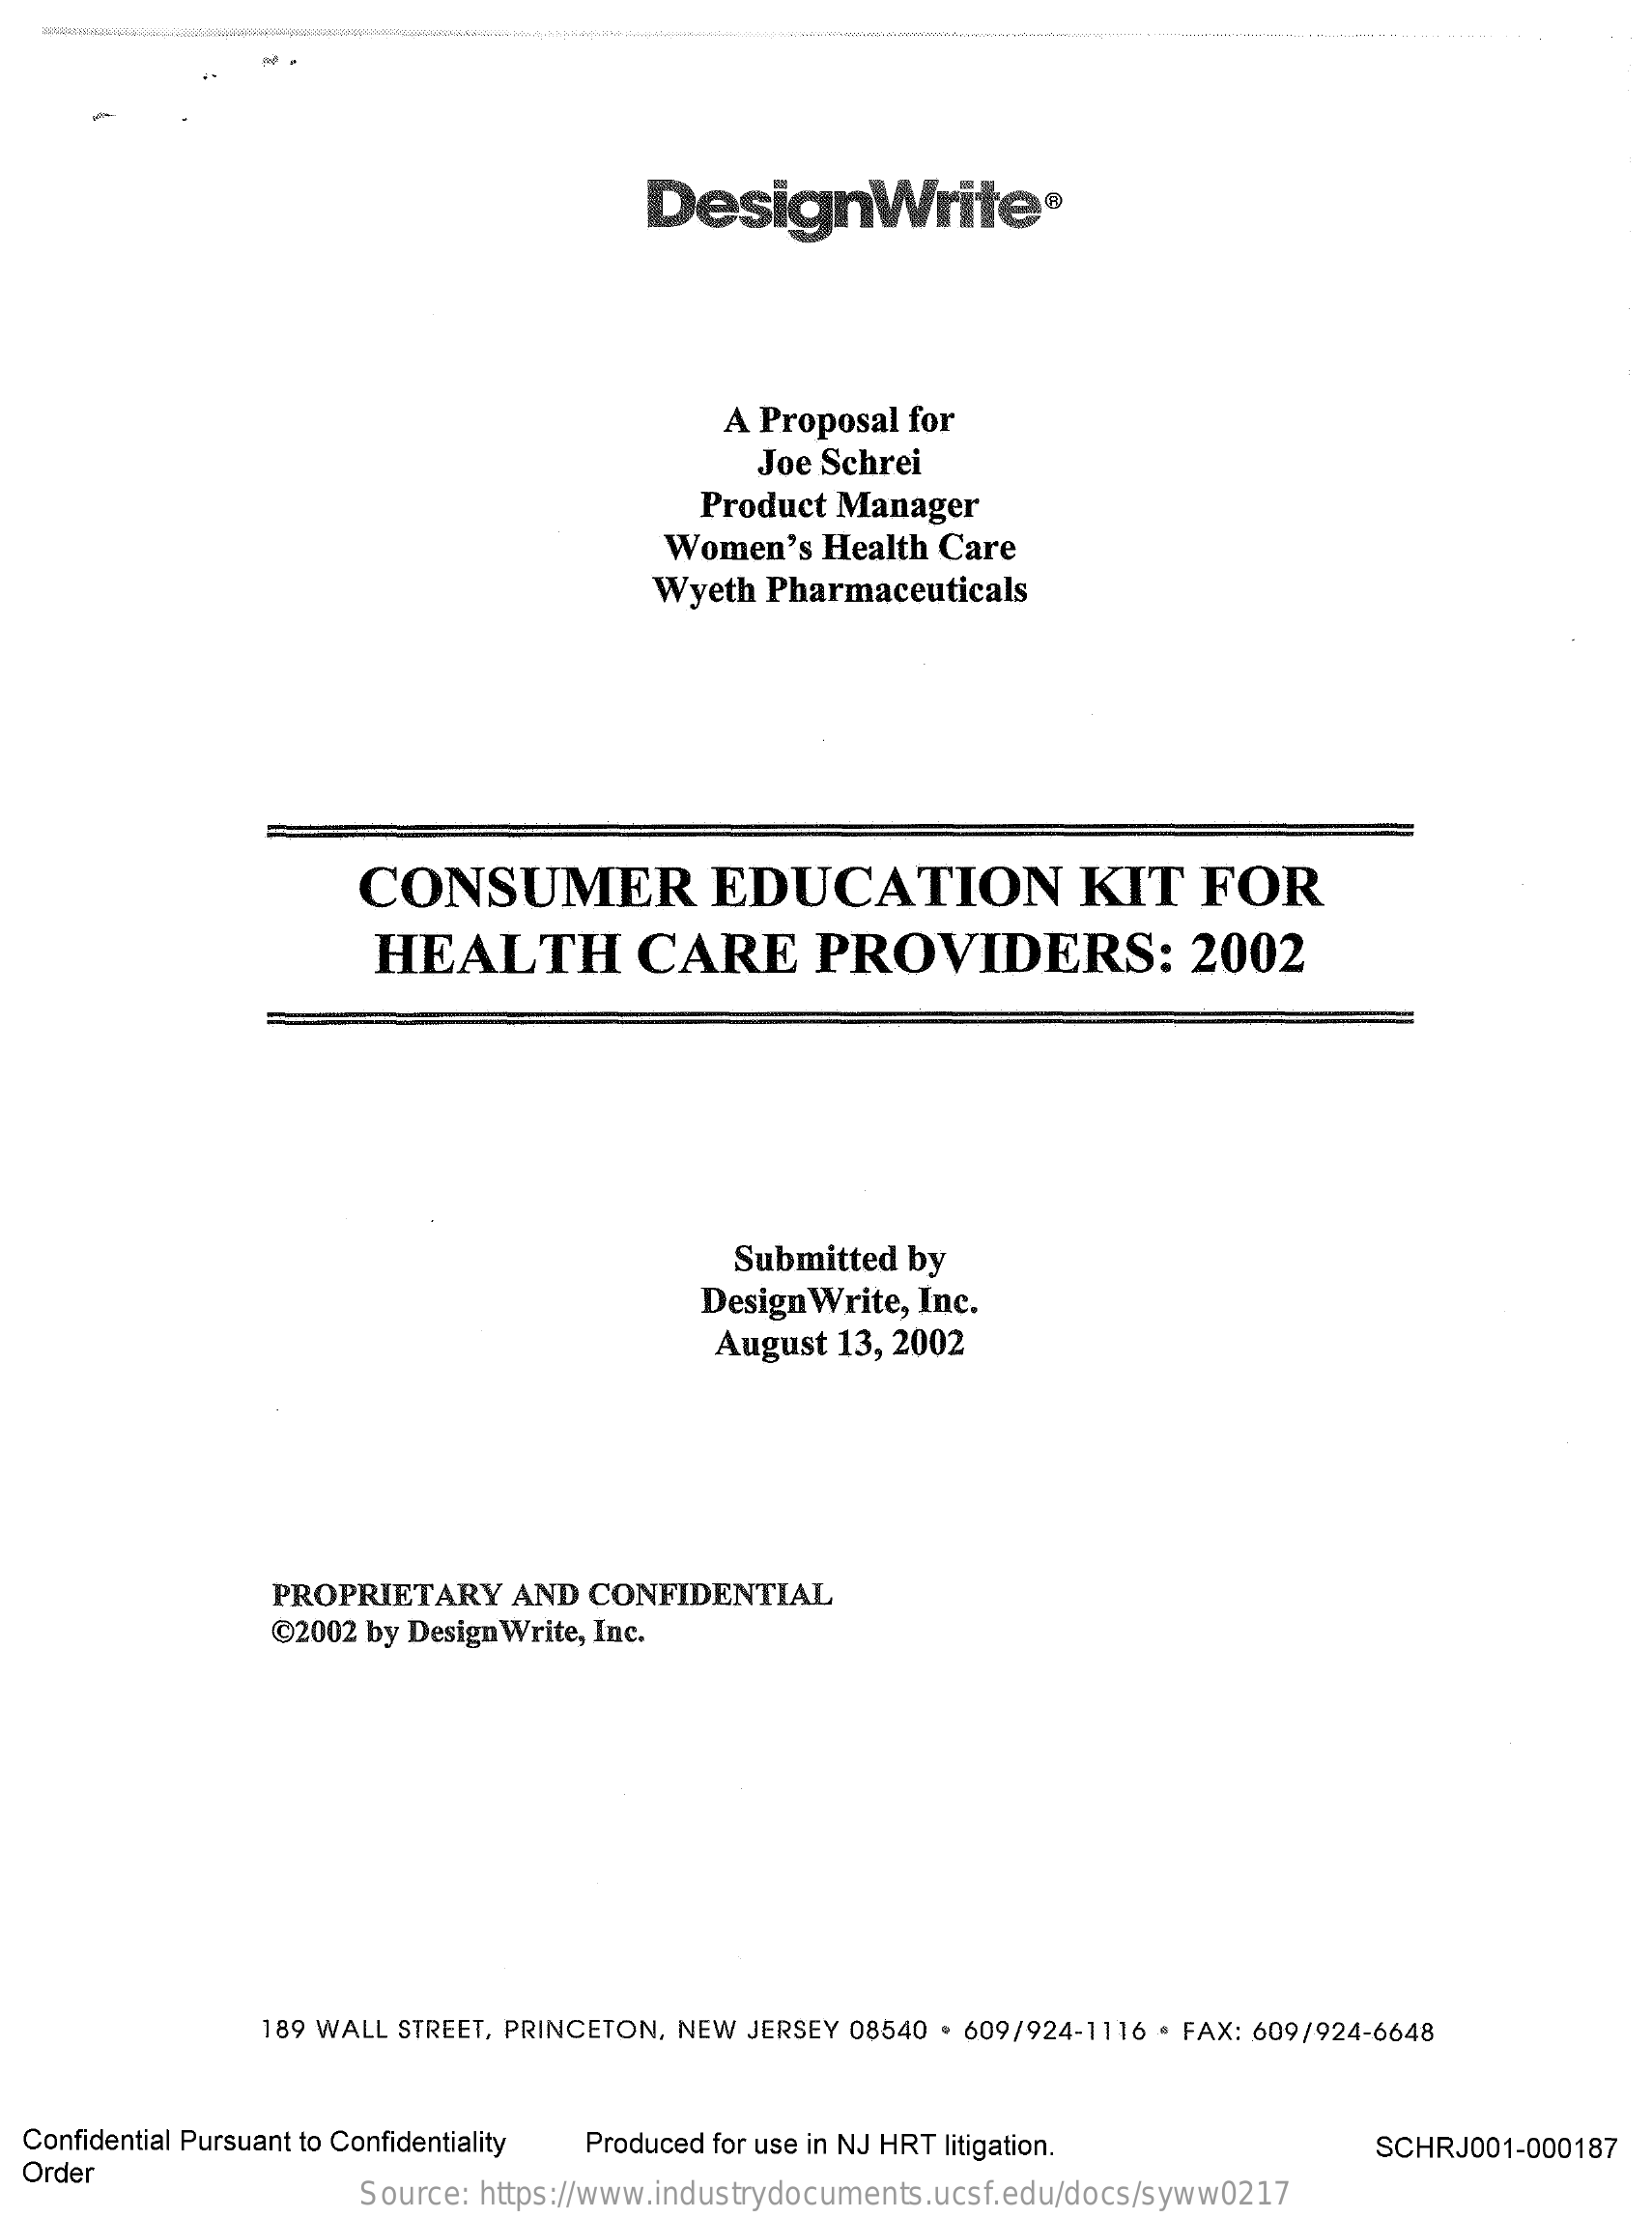
-
     DesignWrite®
     A Proposal  for
     Joe Schrei
     Product  Manager
     Women's   Health  Care
     Wyeth  Pharmaceuticals
     CONSUMER    EDUCATION    KIT    FOR
     HEALTH    CARE    PROVIDERS:    2002
     Submitted  by
     Design Write, Inc.
     August  13, 2002
     PROPRIETARY    AND  CONFIDENTIAL
     @2002 by Design Write, Inc.
     189 WALL STREET, PRINCETON, NEW JERSEY 08540 . 609/924-1116 · FAX: 609/924-6648
  Confidential Pursuant to Confidentiality Produced for use in NJ HRT litigation.
  Order
     SCHRJ001-000187
     Source: https://www.industrydocuments.ucsf.edu/docs/syww0217